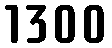
1300